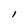
Character: l